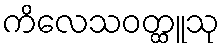
ကိလေသဝတ္ထူသု